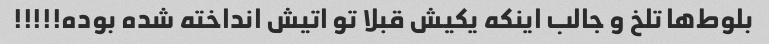
بلوط‌ها تلخ و جالب اینکه یکیش قبلا تو اتیش انداخته شده بوده!!!!!